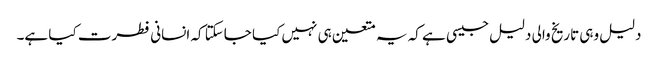
دلیل وہی تاریخ والی دلیل جیسی ہے کہ یہ متعین ہی نہیں کیا جاسکتا کہ انسانی فطرت کیا ہے۔